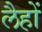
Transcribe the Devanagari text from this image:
लैहों